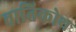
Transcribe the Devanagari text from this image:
वातिकोथ